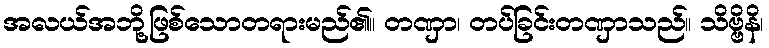
အလယ်အဘို့ဖြစ်သောတရားမည်၏။ တဏှာ၊ တပ်ခြင်းတဏှာသည်။ သိဗ္ဗိနိ၊